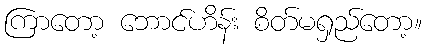
ကြာတော့ ဘောင်ဟိန်း စိတ်မရှည်တော့။